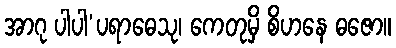
အာဂု ပါပါ’ပရာဓေသု၊ ကေတုမှိ စိဟနေ ဓဇော။